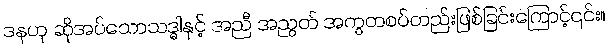
ဒနဟု ဆိုအပ်သောသဒ္ဓါနှင့် အညီ အညွတ် အကွတစပ်တည်းဖြစ်ခြင်းကြောင့်၎င်း။